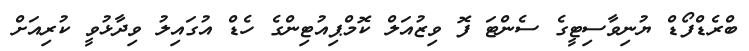
ބްރެޑްފޯޑް ޔުނިވާސިޓީގެ ސެންޓަ ފޮ ވިޒުއަލް ކޮމްޕިއުޓިންގެ ހެޑް އުގައިލު ވިދާޅުވީ ކުރިއަށް